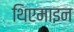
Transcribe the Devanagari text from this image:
थिएमाइन